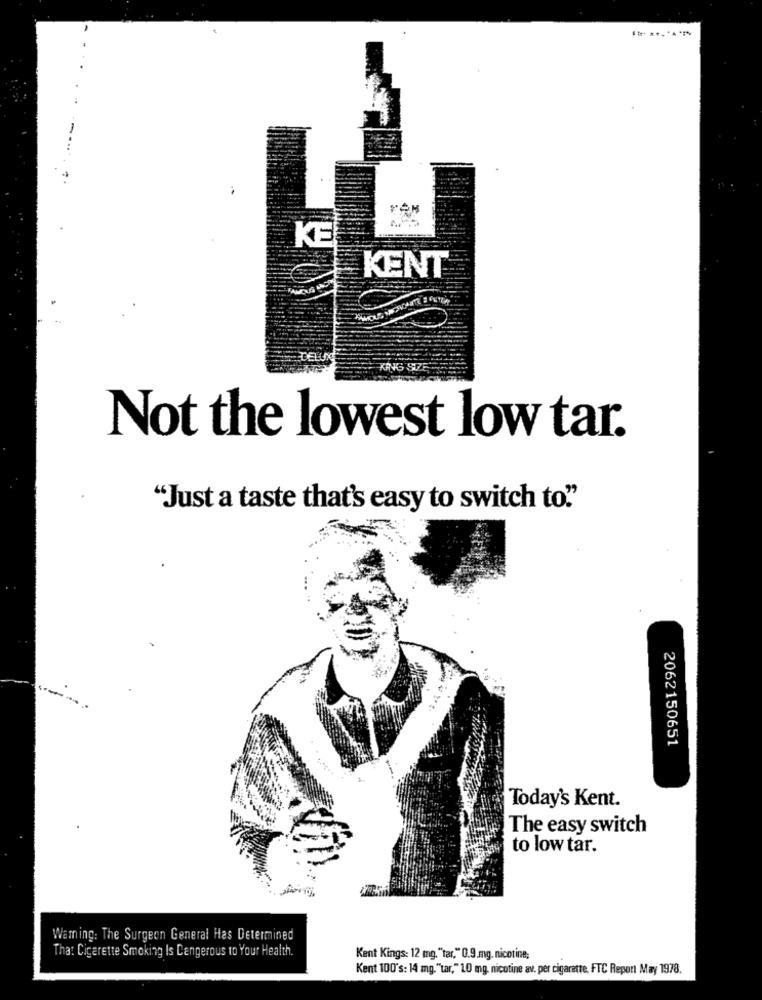
KE
KENT
KING SIZE
Not the lowest low tar.
"Just a taste that's easy to switch to"
2062150651
Today's Kent.
The easy switch
to low tar.
Warning: The Surgeon General Has Determined
That Cigarette Smoking Is Dangerous 10 Your Health.
Kent Kings: 12 mg. "tar," 0.9.mg. nicotine;
Kent 100's: 14 mg."tar," 10 mg. nicotine av. per cigarette, FTC Report May 1978.